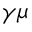
\gamma \mu